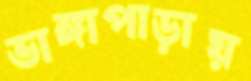
ভাঙ্গাপাড়ায়